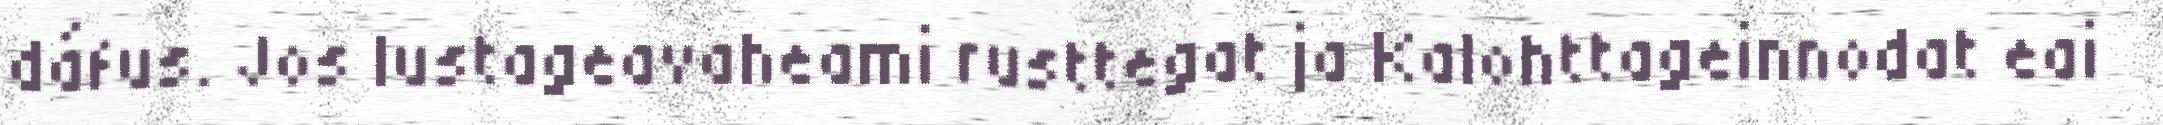
dáfus. Jos lustageavaheami rusttegat ja Kalohttageinnodat eai